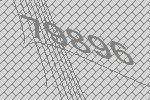
79896